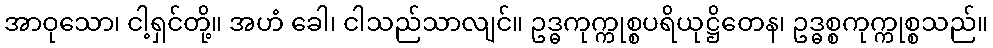
အာဝုသော၊ ငါ့ရှင်တို့။ အဟံ ခေါ၊ ငါသည်သာလျင်။ ဥဒ္ဓကုက္ကုစ္စပရိယုဋ္ဌိတေန၊ ဥဒ္ဓစ္စကုက္ကုစ္စသည်။